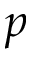
p